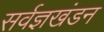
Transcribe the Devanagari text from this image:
सर्वज्ञखंडन